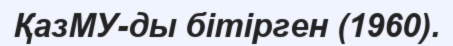
ҚазМУ-ды бітірген (1960).